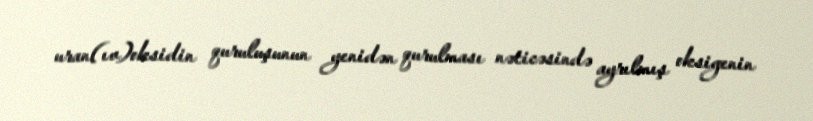
uran(ıv)oksidin quruluşunun yenidən qurulması nəticəsində ayrılmış oksigenin